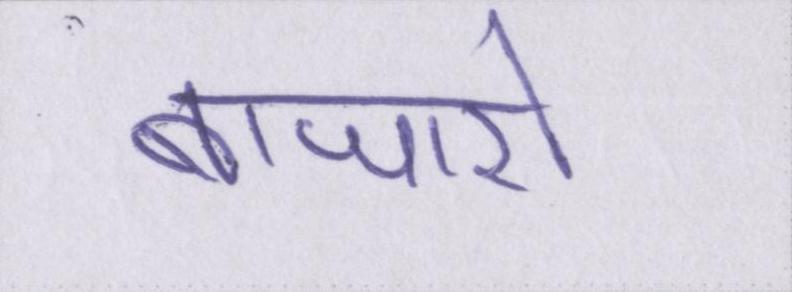
बाजारों